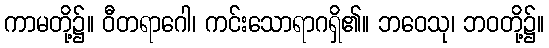
ကာမတို့၌။ ဝီတရာဂေါ၊ ကင်းသောရာဂရှိ၏။ ဘဝေသု၊ ဘဝတို့၌။